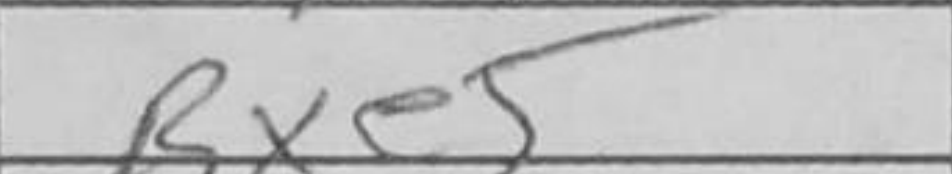
Transcription: Bxe5